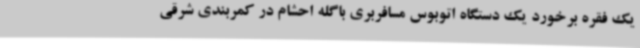
یک فقره برخورد یک دستگاه اتوبوس مسافربری باگله احشام در کمربندی شرقی